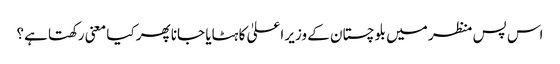
اس پس منظر میں بلوچستان کے وزیر اعلیٰ کا ہٹایا جانا پھر کیا معنی رکھتا ہے؟